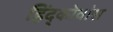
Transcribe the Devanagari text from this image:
हिंद्कोवांस